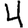
Digit: 4